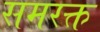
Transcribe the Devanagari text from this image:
समरक्त